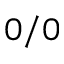
0 / 0